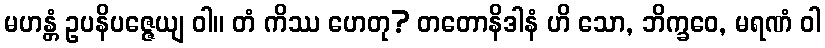
မဟန္တံ ဥပနိပဇ္ဇေယျ ဝါ။ တံ ကိဿ ဟေတု? တတောနိဒါနံ ဟိ သော, ဘိက္ခဝေ, မရဏံ ဝါ